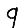
Digit: 9